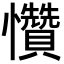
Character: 㦫